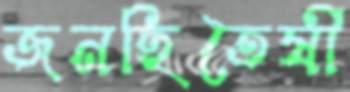
জনহিতৈষী